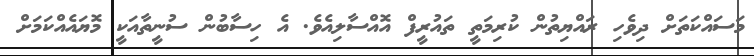
މަސައްކަތަށް ދިވެހި ރައްޔިތުން ކުރިމަތީ ތައުރީފް އޮއްސާލިއެވެ. އެ ހިސާބުން ސުނީތާއަކީ މޮޔައެއްކަމަށް